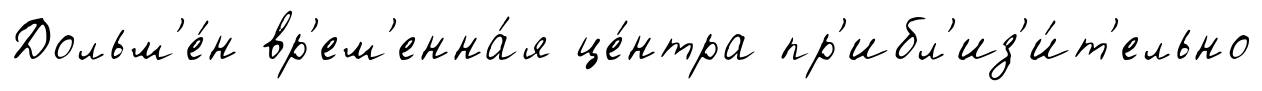
Дольм'е́н вр'ем'енна́я це́нтра пр'ибл'из'и́т'ельно